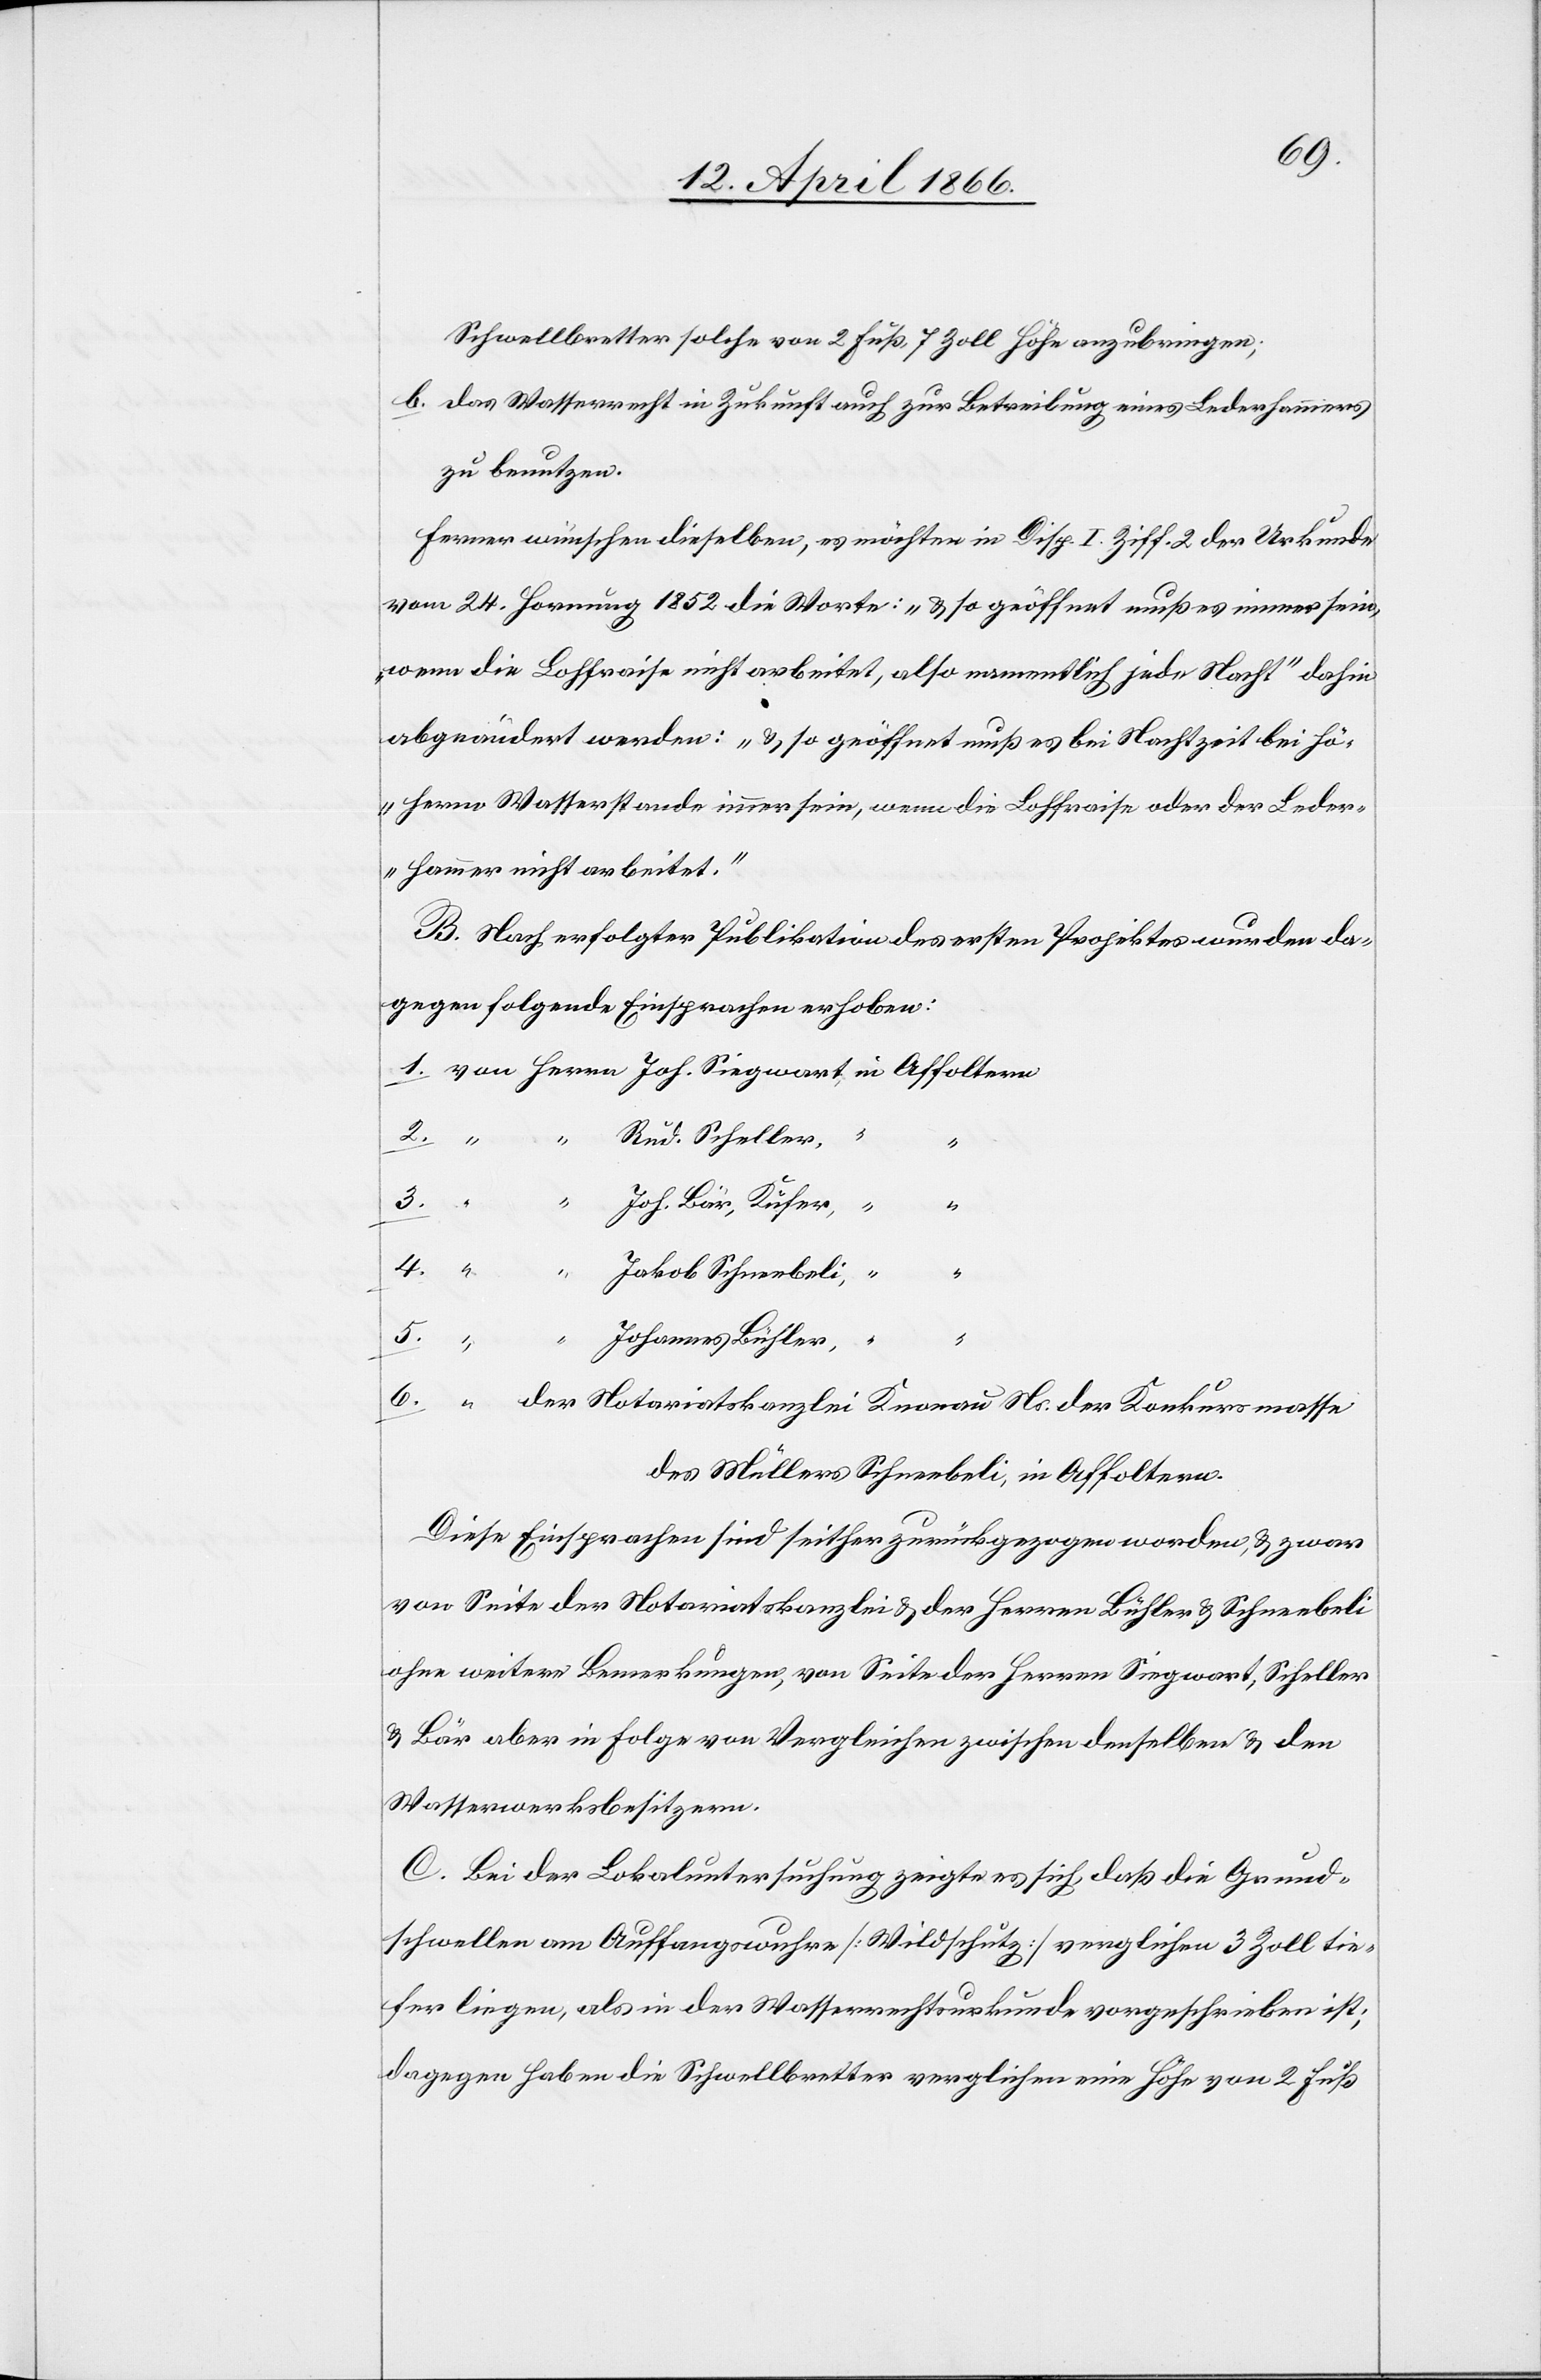
Schwellbretter solche von 2 Fuß, 7 Zoll anzubringen;
b. das Wasserrecht in Zukunft auch zur Betreibung eines Lederhammers
zu benutzen.
Ferner wünschen dieselben, es möchte in Disp. I. Ziff. 2 der Urkunde
vom 24. Hornung 1862 die Worte: „u. so geöffnet muß es immer sein,
wenn die Lohfraise nicht arbeitet, also namentlich jede Nacht“ dahin
abgeändert werden: „u. so geöffnet muß es bei Nachtzeit bei hö¬
herm Wasserstande immer sein, wenn die Lohfraise oder der Leder¬
hammer nicht arbeitet.“
B. Nach erfolgter Publikation des ersten Projektes wurden da¬
gegen folgende Einsprachen erhoben:
Rud. Scheller,
“
“
3.
“
Joh. Bär, Küfner,
4.
Jakob Schneebeli,
5.
Johannes Bühler
6.
der Notariatskanzlei Knonau Ns. der Konkursmasse
des Müllers Schneebeli, in Affoltern.
Diese Einsprachen sind seither zurückgezogen worden, u. zwar
von Seite der Notariatskanzlei u. der Herren Bühler u. Schneebeli
ohne weitere Bemerkungen, von Seite der Herren Siegwart, Scheller
u. Bär aber in Folge von Vergleichen zwischen denselben u. den
Wasserwerksbesitzern.
C. Bei der Lokaluntersuchung zeigte es sich, daß die Grund¬
schwellen am Auffangswuhre [Wildschutz] verglichen 3 Zoll tie¬
fer liegen, als in der Wasserrechtsurkunde vorgeschrieben ist;
dagegen haben die Schwellenbretter verglichen eine Höhe von 2 Fuß